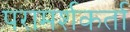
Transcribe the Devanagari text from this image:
परामर्शकर्ता